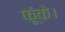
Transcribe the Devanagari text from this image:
फूंके।